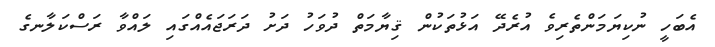
އެބަހީ ނުކިޔަމަންތެރިވެ އުރެދޭ އަޅުތަކުން ޤިޔާމަތް ދުވަހު ދަށު ދަރަޖައެއްގައި ލައްވާ ރަސްކަލާނގެ